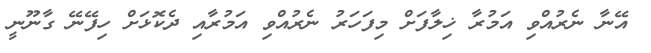
އޭނާ ނެރުއްވި އަމުރާ ޚިލާފަށް މިފަހަރު ނެރުއްވި އަމުރާއި ދެކޮޅަށް ހިފޭނޭ ގާނޫނީ